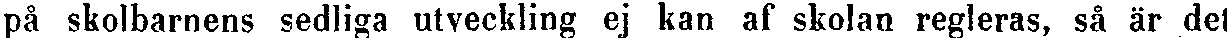
på skolbarnens sedliga utveckling ej kan af skolan regleras, så är des